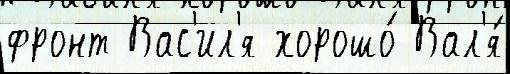
фронт Вас'ил'я хорошо́ Вал'я́